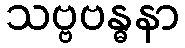
သဗ္ဗဗန္ဓနာ